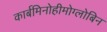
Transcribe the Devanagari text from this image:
कार्बमिनोहीमोग्लोबिन